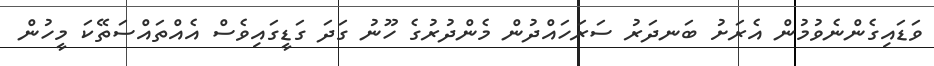
ވަޑައިގެންނެވުމުން އެރަށު ބަނދަރު ސަރަހައްދުން މެންދުރުގެ ހޫނު ގަދަ ގަޑީގައިވެސް އެއްތައްސަތޭކަ މީހުން